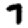
Digit: 7